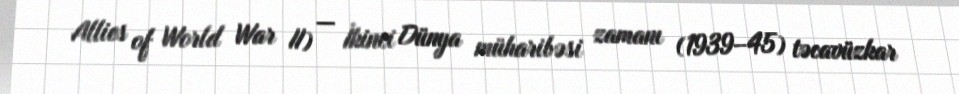
Allies of World War II) — İkinci Dünya müharibəsi zamanı (1939–45) təcavüzkar